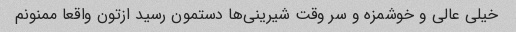
خیلی عالی و خوشمزه و سر وقت شیرینی‌ها دستمون رسید ازتون واقعا ممنونم